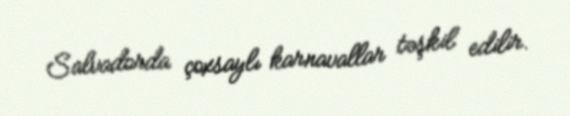
Salvadorda çoxsaylı karnavallar təşkil edilir.